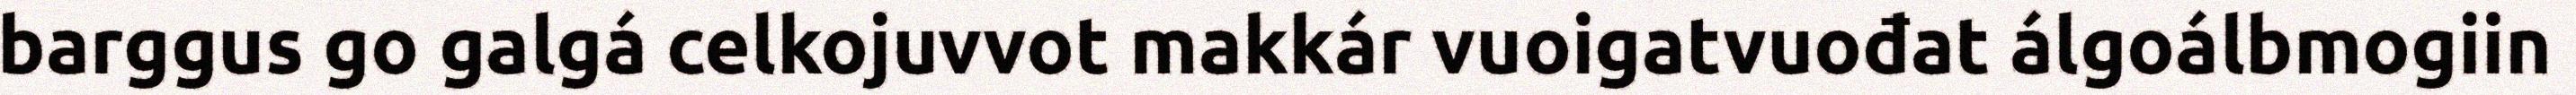
barggus go galgá celkojuvvot makkár vuoigatvuođat álgoálbmogiin